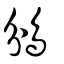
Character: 鳻